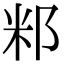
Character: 𥸬